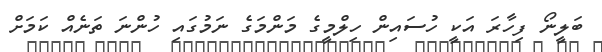
ބަލީނޯ ފިހާރަ އަކީ ހުސައިން ހިލްމީގެ މަންމަގެ ނަމުގައި ހުންނަ ތަނެއް ކަމަށް